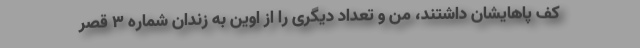
كف پاهایشان داشتند، من و تعداد دیگری را از اوین به زندان شماره 3 قصر